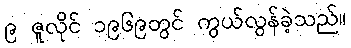
၉ ဇူလိုင် ၁၉၆၉တွင် ကွယ်လွန်ခဲ့သည်။